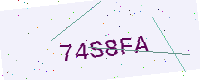
Text: 74S8FA